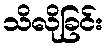
သိလိုခြင်း